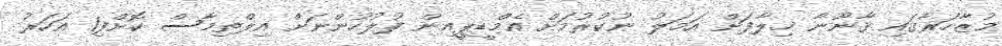
މުޒާހަރާގައި ޤާނޫނާ ޚިލާފަށް އަމަލު ނުކުރުމަށް އެމްޑީޕީއިން ފުލުހުންނަށް އިލްތިމާސް ކޮށްފި1 އަހަރު